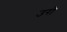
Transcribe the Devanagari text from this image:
उरो